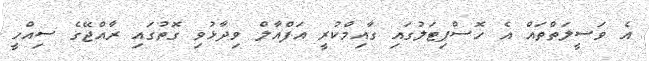
އެ ވަސީލަތްތައް އެ ހޮސްޕިޓަލުގައި ގާއިމްކުރީ އަފްއާލް ވިދާޅުވި ގޮތުގައި ރާއްޖޭގެ ސިއްހީ